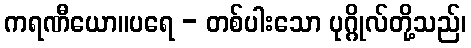
ကရဏီယော။ပရေ - တစ်ပါးသော ပုဂ္ဂိုလ်တို့သည်၊